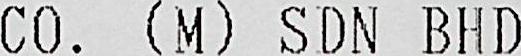
CO. (M) SDN BHD